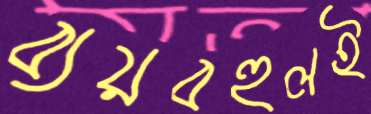
ব্যয়বহুলই